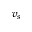
v _ { s }